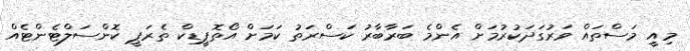
މިއީ މަސްތައް ވަރުގަދަކުރުމަށް އެންމެ ބަރާބާރު ކަސްރަތު ކަމަށް އޯތޮޕީޑިކް ތެރަޕީ ކޮންސަލްޓެންޓެއް